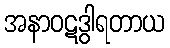
အနာဝဋဒွါရတာယ